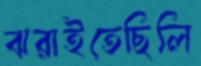
ঝরাইতেছিলি